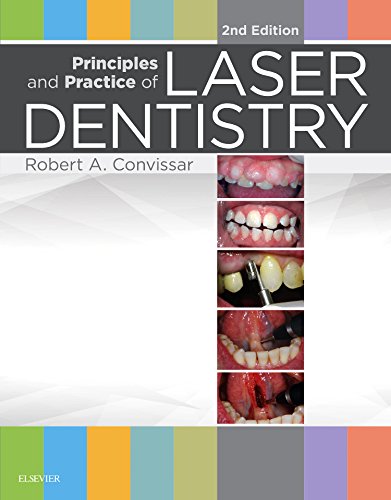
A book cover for Principles and Practice of Laser Dentistry, 2e; Robert A. Convissar DDS  FAGD; Medical Books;